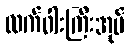
လက်ဝါးကြီးအုပ်